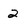
Character: 2